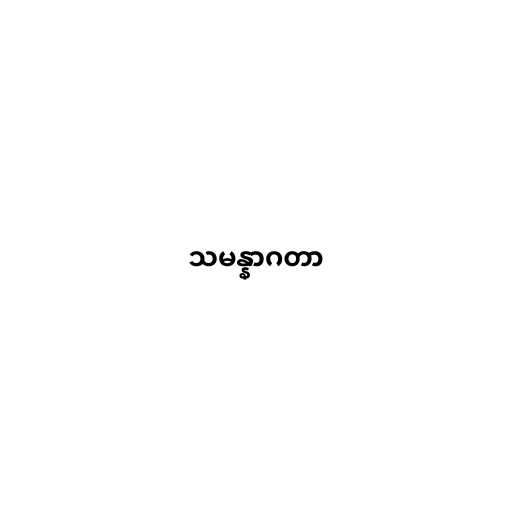
သမန္နာဂတာ